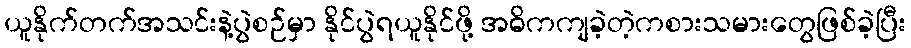
ယူနိုက်တက်အသင်းနဲ့ပွဲစဉ်မှာ နိုင်ပွဲရယူနိုင်ဖို့ အဓိကကျခဲ့တဲ့ကစားသမားတွေဖြစ်ခဲ့ပြီး